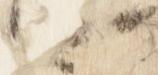
卿